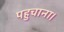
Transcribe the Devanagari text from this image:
पहुचाना।